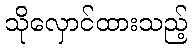
သိုလှောင်ထားသည့်